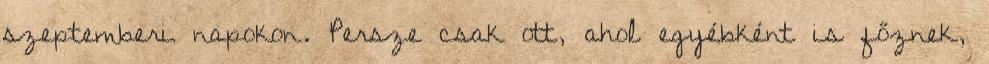
szeptemberi napokon. Persze csak ott, ahol egyébként is főznek,